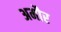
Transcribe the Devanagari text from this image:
अमौर